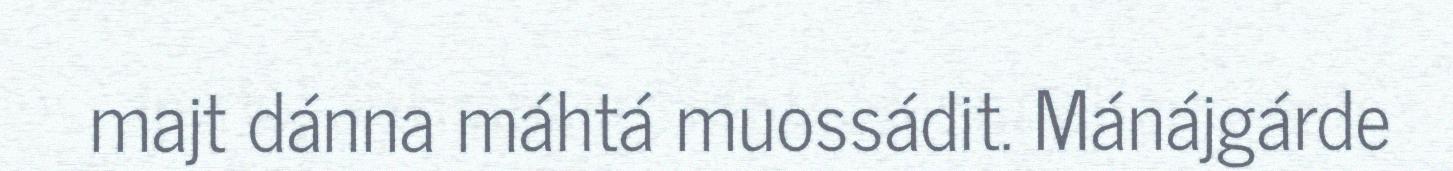
majt dánna máhtá muossádit. Mánájgárde